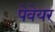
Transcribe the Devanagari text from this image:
पेवेयर